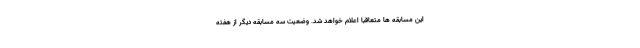
این مسابقه ها متعاقبا اعلام خواهد شد. وضعیت سه مسابقه دیگر از هفته